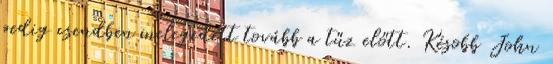
pedig csendben melegedett tovább a tűz előtt. Késobb John